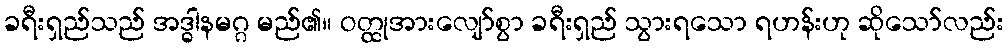
ခရီးရှည်သည် အဒ္ဓါနမဂ္ဂ မည်၏။ ဝတ္ထုအားလျော်စွာ ခရီးရှည် သွားရသော ရဟန်းဟု ဆိုသော်လည်း